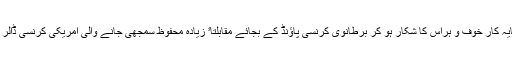
ان حالات میں بین الاقوامی سرمایہ کار خوف و ہراس کا شکار ہو کر برطانوی کرنسی پاؤنڈ کے بجائے مقابلتاﹰ زیادہ محفوظ سمجھی جانے والی امریکی کرنسی ڈالر میں سرمایہ کاری کر رہے ہیں۔